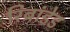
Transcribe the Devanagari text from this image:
रिब्रांडेड